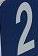
2